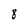
Character: 8